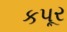
કપૂર